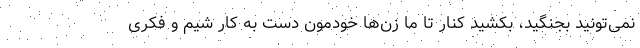
نمی‌تونید بجنگید، بکشید کنار تا ما زن‌ها خودمون دست به کار شیم و فکری